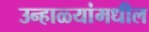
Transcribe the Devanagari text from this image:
उन्हाळ्यांमधील